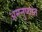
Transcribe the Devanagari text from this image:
अमनुष्यांत